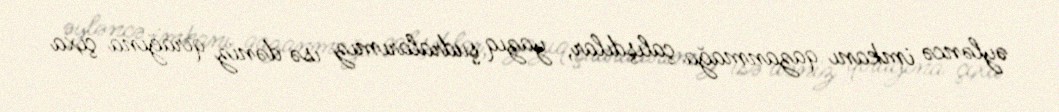
əyləncə imkanı qazanmağa çalışdılar, yazıq şudralarımız isə dəniz qırağına çıxa